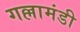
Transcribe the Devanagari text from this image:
गल्लामंडी